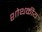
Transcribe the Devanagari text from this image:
शोथकीय